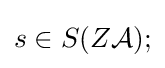
s\in S(Z{\mathcal {A}});